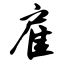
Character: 雇